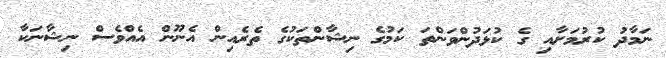
ނަމާދު ކުރުމަށާއި ގެ ކުޅަދުންވަންތަ ކަމުގެ ނިޝާންތަކުގެ ތެރެއިން އެނޫން އެއްވެސް ނިޝާނަކާ